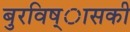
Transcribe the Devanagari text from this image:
बुरविष्ासकी